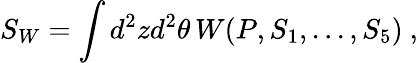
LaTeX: S_{W}=\int d^{2}zd^{2}\theta\, W(P,S_{1},...,S_{5})~,